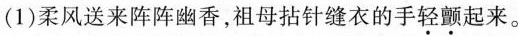
(1)柔风送来阵阵幽香，祖母拈针缝衣的手\underset{·}{轻}\underset{·}{颤}起来。